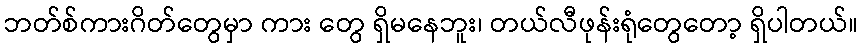
ဘတ်စ်ကားဂိတ်တွေမှာ ကား တွေ ရှိမနေဘူး၊ တယ်လီဖုန်းရုံတွေတော့ ရှိပါတယ်။